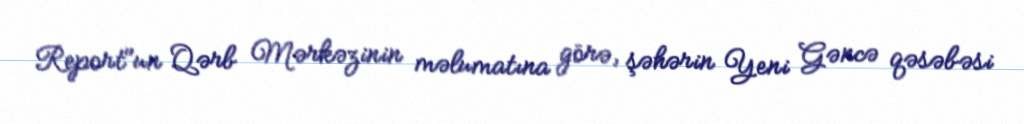
Report"un Qərb Mərkəzinin məlumatına görə, şəhərin Yeni Gəncə qəsəbəsi